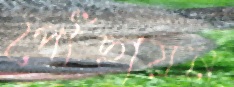
পৌঁছায়ন